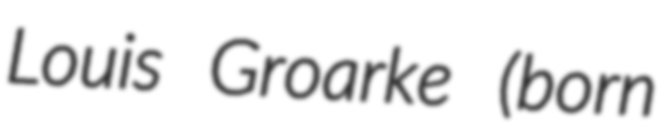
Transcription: Louis Groarke (born